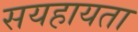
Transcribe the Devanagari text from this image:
सयहायता